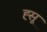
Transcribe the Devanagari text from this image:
ह्सू